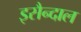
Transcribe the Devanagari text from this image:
इसैन्दाल